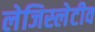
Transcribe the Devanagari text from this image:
लेजिस्लेटीव